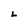
Character: L